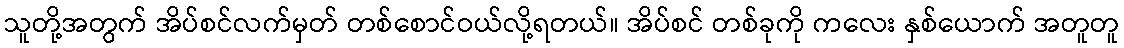
သူတို့အတွက် အိပ်စင်လက်မှတ် တစ်စောင်ဝယ်လို့ရတယ်။ အိပ်စင် တစ်ခုကို ကလေး နှစ်ယောက် အတူတူ